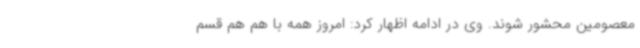
معصومین محشور شوند. وی در ادامه اظهار کرد: امروز همه با هم هم قسم